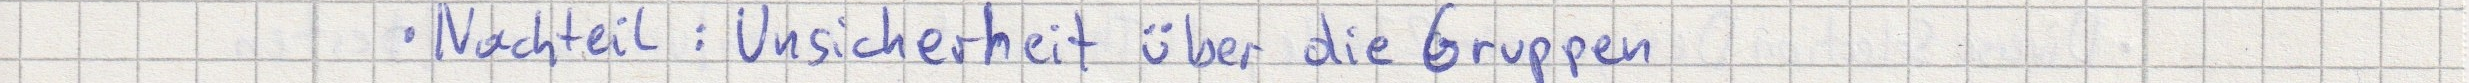
- Nachteil: Unsicherheit über die Gruppen